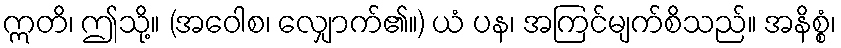
ဣတိ၊ ဤသို့။ (အဝေါစ၊ လျှောက်၏။) ယံ ပန၊ အကြင်မျက်စိသည်။ အနိစ္စံ၊